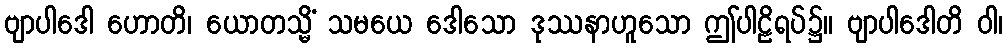
ဗျာပါဒေါ ဟောတိ၊ ယောတသ္မိံ သမယေ ဒေါသော ဒုဿနာဟူသော ဤပါဠိရပ်၌။ ဗျာပါဒေါတိ ဝါ၊